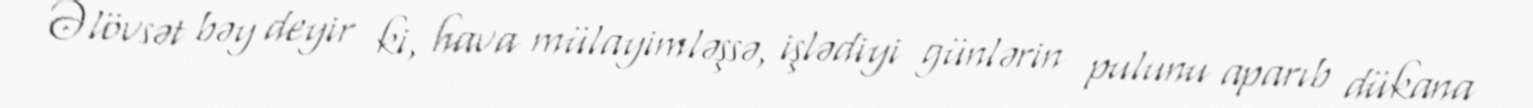
Əlövsət bəy deyir ki, hava mülayimləşsə, işlədiyi günlərin pulunu aparıb dükana